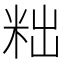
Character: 𮇑